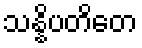
သန္နိပတိတေ